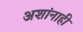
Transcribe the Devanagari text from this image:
अशांनाही